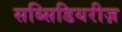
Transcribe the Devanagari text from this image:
सब्सिडियरीज़